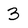
Character: 3